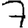
Digit: 7